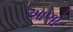
આળો